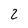
Character: 2